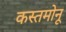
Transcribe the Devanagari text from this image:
कस्तमोनू